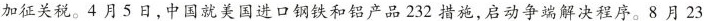
加征关税。4月5日,中国就美国进口钢铁和铝产品232 措施,启动争端解决程序。8月23